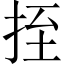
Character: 挃